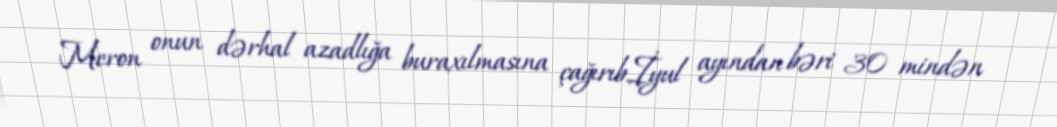
Meron onun dərhal azadlığa buraxılmasına çağırıb.İyul ayından bəri 30 mindən